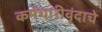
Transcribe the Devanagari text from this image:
कर्मचारीवृंदाचे